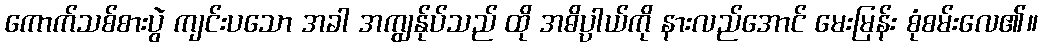
ကောက်သစ်စားပွဲ ကျင်းပသော အခါ အကျွန်ုပ်သည် ထို အဓိပ္ပာယ်ကို နားလည်အောင် မေးမြန်း စုံစမ်းလေ၏။